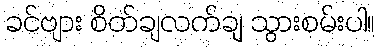
ခင်ဗျား စိတ်ချလက်ချ သွားစမ်းပါ။